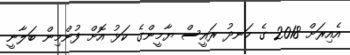
އެއިރަށް 2018 ގެ ހަނދު ރައީސް ޔާމީންގެ ކަޅު އޮށް ފުންމިން ބަލާނީ